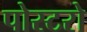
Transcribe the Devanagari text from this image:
पोस्टरो